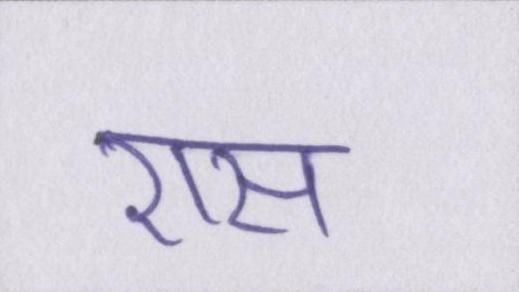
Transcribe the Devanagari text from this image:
रास